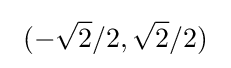
\ (-{\sqrt {2}}/2,{\sqrt {2}}/2)\